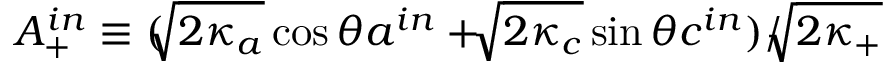
A _ { + } ^ { i n } \equiv ( \sqrt [ ] { 2 \kappa _ { a } } \cos \theta a ^ { i n } + \sqrt [ ] { 2 \kappa _ { c } } \sin \theta c ^ { i n } ) / \sqrt [ ] { 2 \kappa _ { + } }